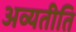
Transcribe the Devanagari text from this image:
अव्यतीति